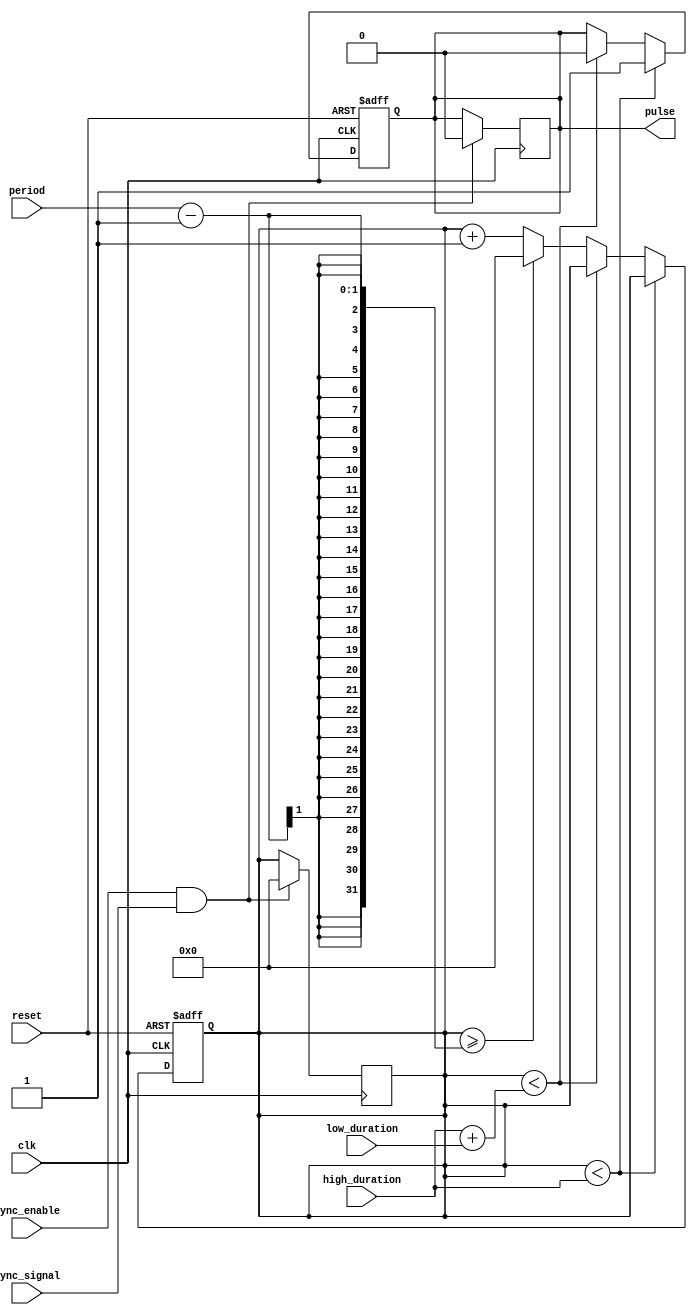
module DutyCyclePulseGenerator (
  input wire clk,
  input wire reset,
  input wire high_duration,
  input wire low_duration,
  input wire period,
  input wire sync_enable,
  input wire sync_signal,
  output reg pulse
);

reg [31:0] counter;

always @(posedge clk or posedge reset) begin
  if (reset) begin
    counter <= 0;
    pulse <= 0;
  end else begin
    if (counter < high_duration) begin
      pulse <= 1;
    end else if (counter < high_duration + low_duration) begin
      pulse <= 0;
    end else if (counter >= period - 1) begin
      counter <= 0;
    end else begin
      counter <= counter + 1;
    end
  end
end

always @(posedge clk) begin
  if (sync_enable && sync_signal) begin
    counter <= 0;
    pulse <= 0;
  end
end

endmodule